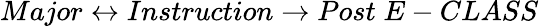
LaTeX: Major\leftrightarrow Instruction\rightarrow Post\; E-CLASS